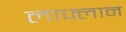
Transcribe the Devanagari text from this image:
लाफ्लान